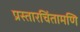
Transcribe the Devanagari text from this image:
प्रस्तारचिंतामणि